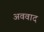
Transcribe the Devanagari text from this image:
अववाद